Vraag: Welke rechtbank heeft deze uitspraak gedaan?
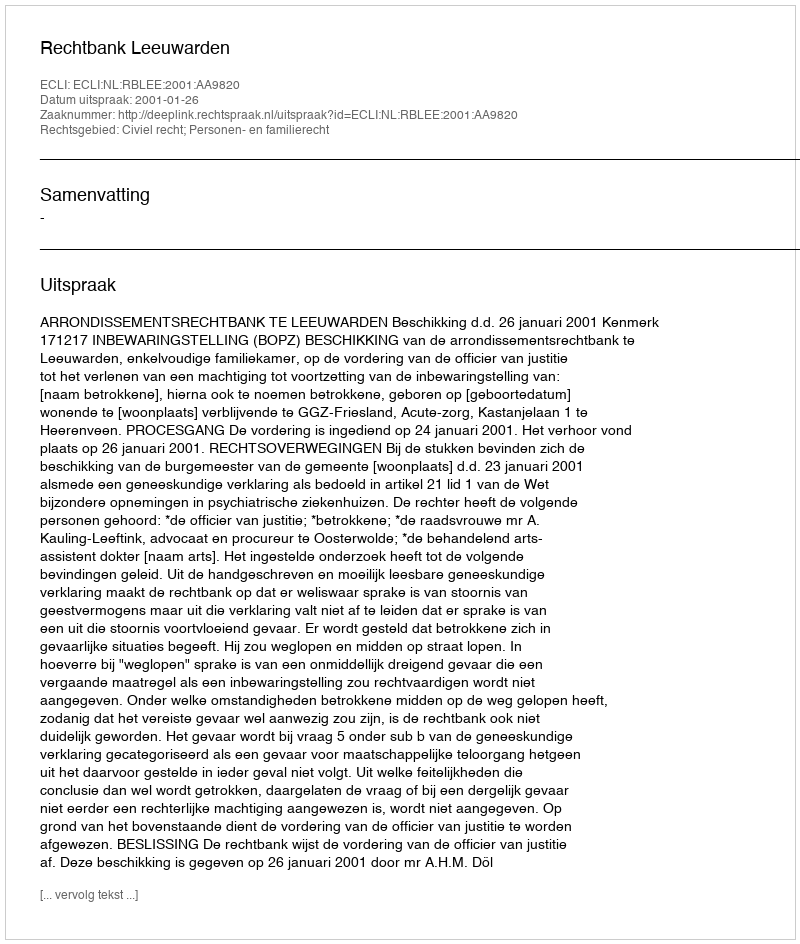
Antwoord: Rechtbank Leeuwarden